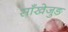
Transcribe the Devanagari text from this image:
साँखेजुङ